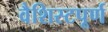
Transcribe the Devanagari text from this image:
वैशिस्टपूर्ण